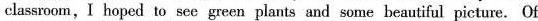
classroom, I hoped to see green plants and some beautiful picture. Of